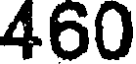
460